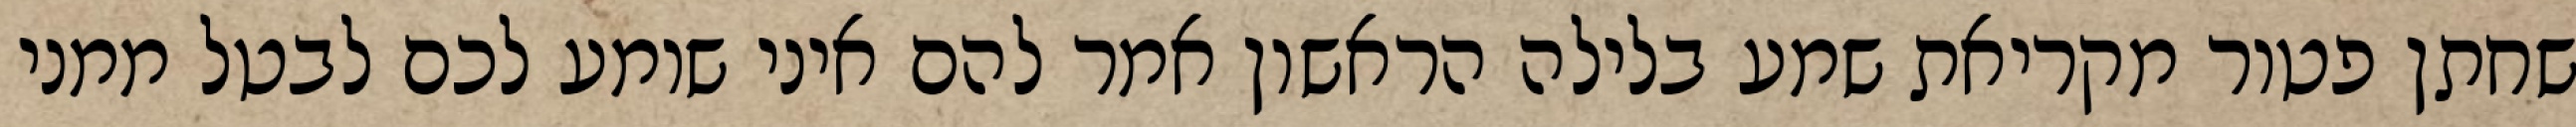
שחתן פטור מקריאת שמע בלילה הראשון אמר להם איני שומע לכם לבטל ממני